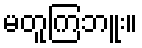
မတူကြဘူး။